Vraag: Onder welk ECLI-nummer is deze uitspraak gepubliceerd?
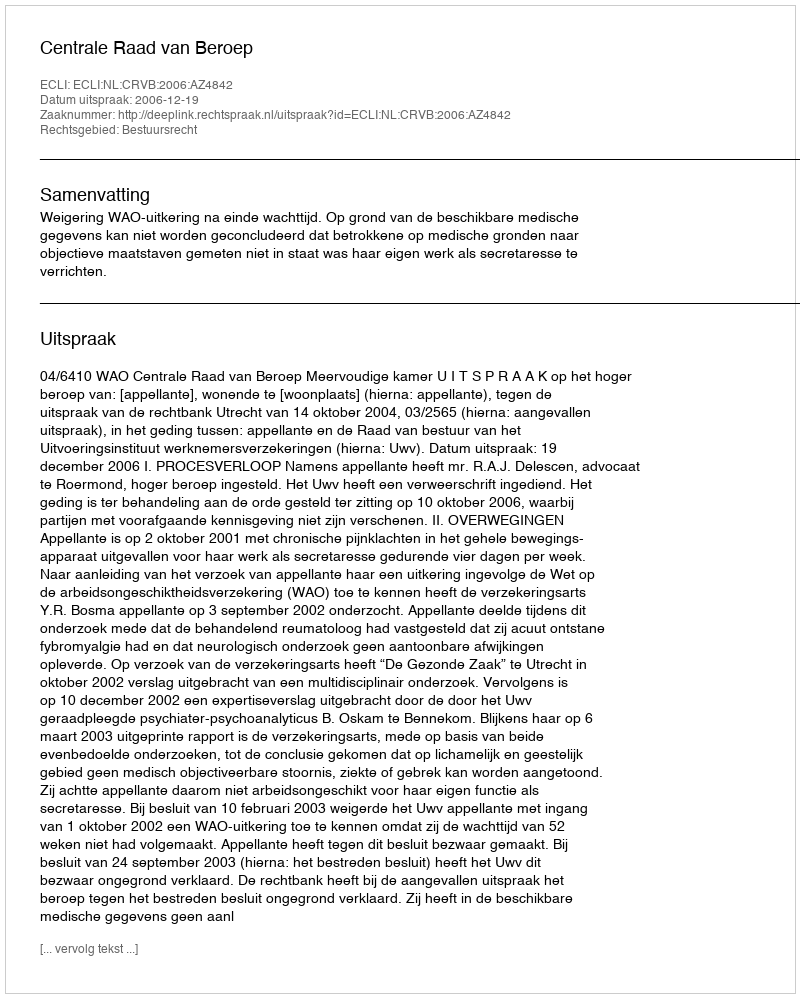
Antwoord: ECLI:NL:CRVB:2006:AZ4842